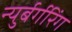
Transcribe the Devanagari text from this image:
न्युर्बर्गरिंग